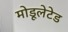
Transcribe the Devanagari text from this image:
मोडूलेटेड